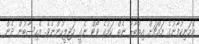
އެމަނިކުފާނުގެ މައްޗަށް އިތުބާރު ނެތް ކަމުގެ ވޯޓް ނެގީ މަޖިލީހުންނެވެ. އެހިސާބުން ދެން